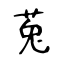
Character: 莵